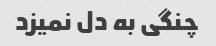
چنگی به دل نمیزد